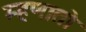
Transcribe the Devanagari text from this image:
म्हणातो